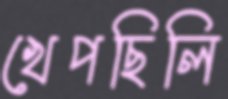
খেপছিলি